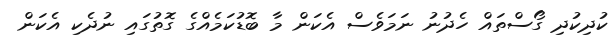
ކުދިކުދި ގޯސްތައް ހެދުނު ނަމަވެސް އެކަން މާ ބޮޑުކަމެއްގެ ގޮތުގައި ނުދެކި އެކަން